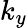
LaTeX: k_{y}